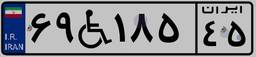
۶۹W۱۸۵۴۵